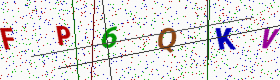
Text: FP6QKV